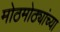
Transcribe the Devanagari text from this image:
मोठमोठ्यांच्या